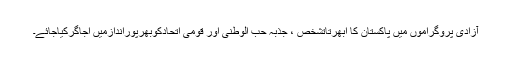
آزادی پروگراموں میں پاکستان کا ابھرتاتشخص ، جذبہ حب الوطنی اور قومی اتحادکوبھرپوراندازمیں اجاگرکیاجائے۔